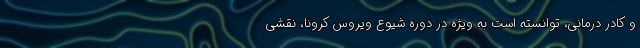
و کادر درمانی، توانسته است به ویژه در دوره شیوع ویروس کرونا، نقشی